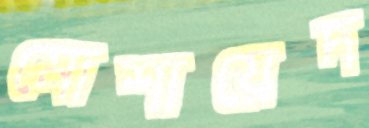
মোশায়েদ